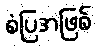
စံပြအဖြစ်